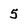
Character: 5